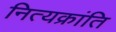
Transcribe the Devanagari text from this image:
नित्यक्रांति